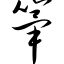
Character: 筚